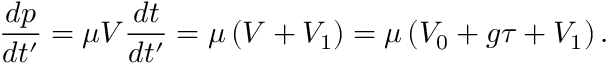
\frac { d p } { d t ^ { \prime } } = \mu V \frac { d t } { d t ^ { \prime } } = \mu \left( V + V _ { 1 } \right) = \mu \left( V _ { 0 } + g \tau + V _ { 1 } \right) .